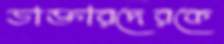
ডাক্তারদেরকে